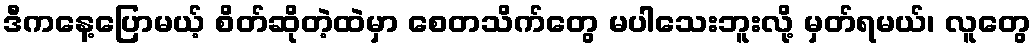
ဒီကနေ့ပြောမယ့် စိတ်ဆိုတဲ့ထဲမှာ စေတသိက်တွေ မပါသေးဘူးလို့ မှတ်ရမယ်၊ လူတွေ